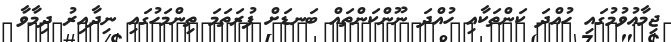
ޖިމާޢުވުމުގައި ހުއްދަ ކަންތަކާއި ހުއްދަ ނޫންކަންތައް ބަނޑަށް ފުރަތަމަ ތިންމަހުގައި ނިދާއިރު ދިމާވާ